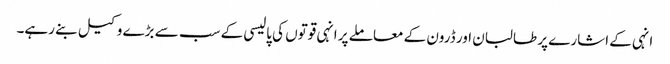
انہی کے اشارے پر طالبان اور ڈرون کے معاملے پر انہی قوتوں کی پالیسی کے سب سے بڑے وکیل بنے رہے۔